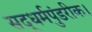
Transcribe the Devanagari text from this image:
सद्धर्मपुंडरीक।